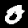
Digit: 0